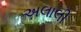
અલાલી